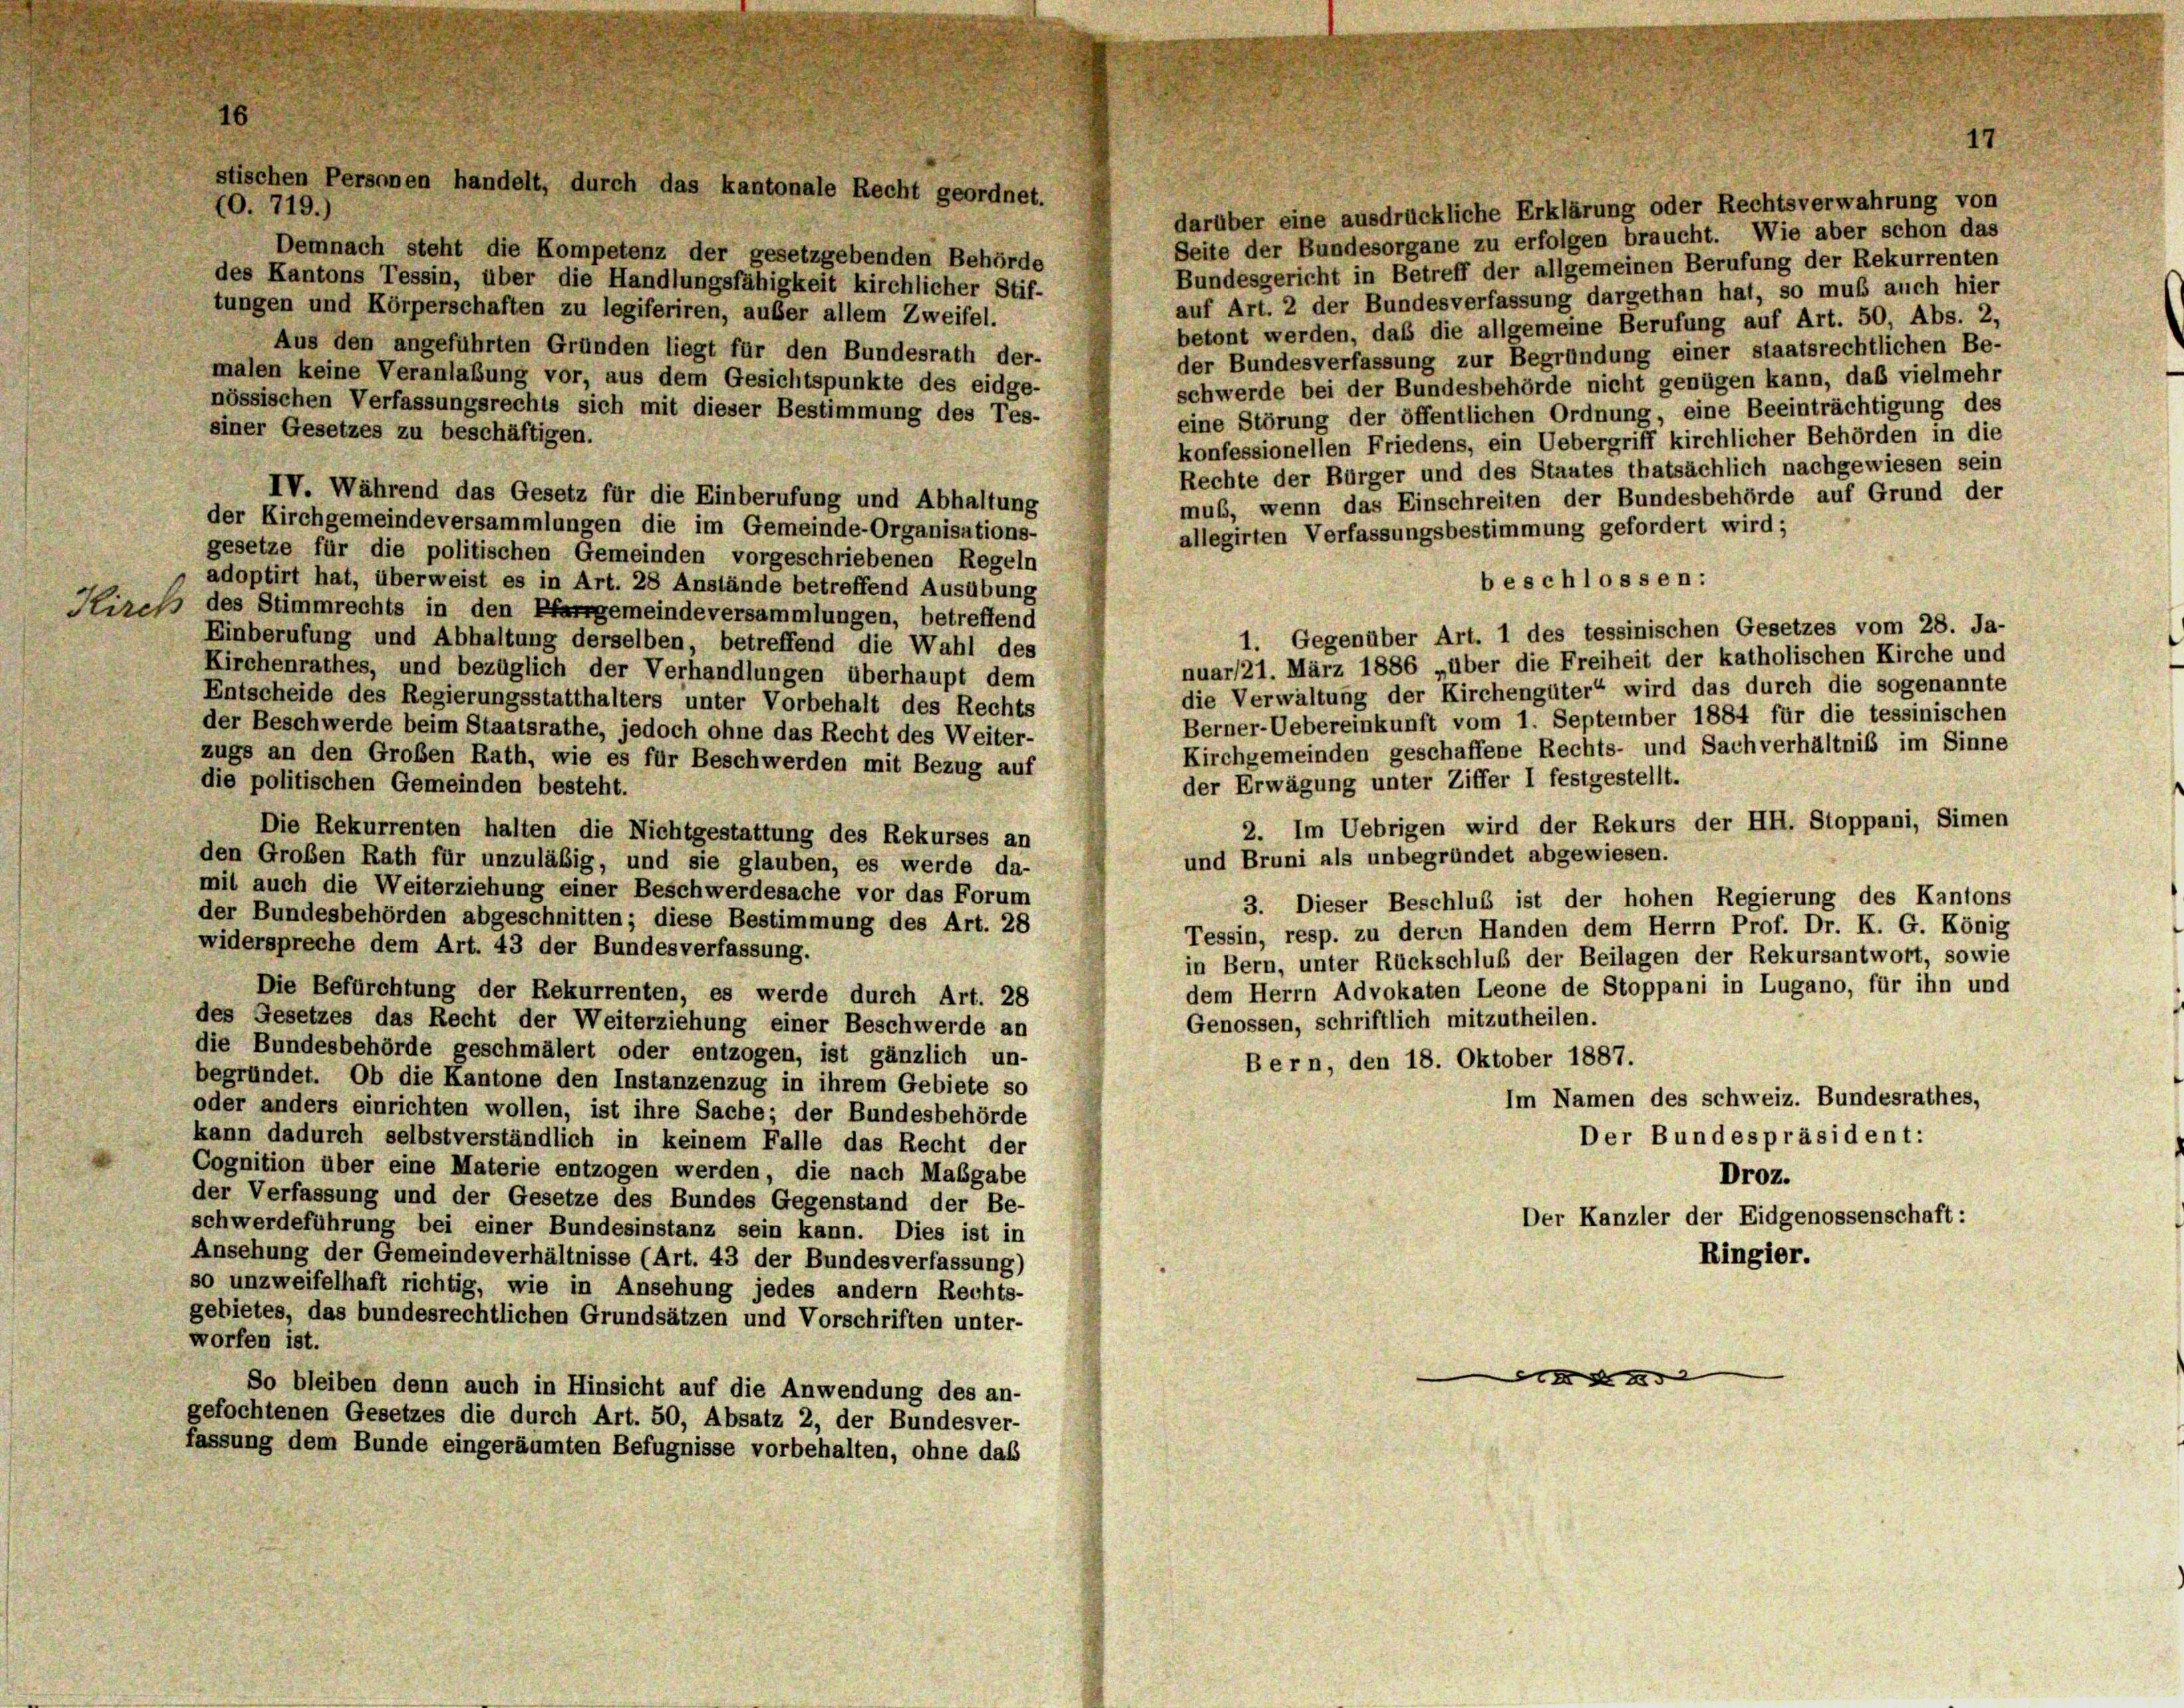
stischen Personen handelt, durch das kantonale Recht geordnet.

70. 719.)
darüber eine ausdrückliche Erklärung oder Rechtsverwahrung von
Seite der Bundesorgane zu erfolgen braucht. Wie aber schon das
Demnach steht die Kompetenz der gesetzgebenden Behörde
Bundesgericht in Betreff der allgemeinen Berufung der Rekurrenten
des Kantons Tessin, über die Handlungsfähigkeit kirchlicher Stif-
auf Art. 2 der Bundesverfassung dargethan hat, so muß auch hier
tungen und Körperschaften zu legiferiren, außer allem Zweifel.
betont werden, daß die allgemeine Berufung auf Art. 50, Abs. 2,
Aus den angeführten Gründen liegt für den Bundesrath der-
der Bundesverfassung zur Begründung einer staatsrechtlichen Be-
malen keine Veranlaßung vor, aus dem Gesichtspunkte des eidge-
schwerde bei der Bundesbehörde nicht genügen kann, daß vielmehr
nössischen Verfassungsrechts sich mit dieser Bestimmung des Tes-
eine Störung der öffentlichen Ordnung, eine Beeinträchtigung des
siner Gesetzes zu beschäftigen.
konfessionellen Friedens, ein Uebergriff kirchlicher Behörden in die
Rechte der Bürger und des Staates thatsächlich nachgewiesen sein
IV. Während das Gesetz für die Einberufung und Abhaltung
muß, wenn das Einschreiten der Bundesbehörde auf Grund der
der Kirchgemeindeversammlungen die im Gemeinde-Organisations-
allegirten Verfassungsbestimmung gefordert wird;
gesetze für die politischen Gemeinden vorgeschriebenen Regeln
beschlossen:
adoptirt hat, überweist es in Art. 28 Anstände betreffend Ausübung
Hirch des Stimmrechts in den Pfarrgemeindeversammlungen, betreffend
1. Gegenüber Art. 1 des tessinischen Gesetzes vom 28. Ja-
Einberufung und Abhaltung derselben, betreffend die Wahl des
nuar/21. März 1886 „über die Freiheit der katholischen Kirche und
Kirchenrathes, und bezüglich der Verhandlungen überhaupt dem
die Verwaltung der Kirchengüter“ wird das durch die sogenannte
Entscheide des Regierungsstatthalters unter Vorbehalt des Rechts
Berner-Uebereinkunft vom 1. September 1884 für die tessinischen
der Beschwerde beim Staatsrathe, jedoch ohne das Recht des Weiter-
Kirchgemeinden geschaffene Rechts- und Sachverhältniß im Sinne
zugs an den Großen Rath, wie es für Beschwerden mit Bezug auf
der Erwägung unter Ziffer I festgestellt.
die politischen Gemeinden besteht.
2. Im Uebrigen wird der Rekurs der HH. Stoppani, Simen
Die Rekurrenten halten die Nichtgestattung des Rekurses an
und Bruni als unbegründet abgewiesen.
den Großen Rath für unzuläßig, und sie glauben, es werde da-
mit auch die Weiterziehung einer Beschwerdesache vor das Forum
3. Dieser Beschluß ist der hohen Regierung des Kantons
der Bundesbehörden abgeschnitten; diese Bestimmung des Art. 28
Tessin, resp. zu deren Handen dem Herrn Prof. Dr. K. G. König
widerspreche dem Art. 43 der Bundesverfassung.
in Bern, unter Rückschluß der Beilagen der Rekursantwort, sowie
dem Herrn Advokaten Leone de Stoppani in Lugano, für ihn und
Die Befürchtung der Rekurrenten, es werde durch Art. 28
des Gesetzes das Recht der Weiterziehung einer Beschwerde an
Genossen, schriftlich mitzutheilen.
die Bundesbehörde geschmälert oder entzogen, ist gänzlich un-
Bern, den 18. Oktober 1887.
begründet. Ob die Kantone den Instanzenzug in ihrem Gebiete so
Im Namen des Schweiz. Bundesrathes,
oder anders einrichten wollen, ist ihre Sache; der Bundesbehörde
Der Bundespräsident:
kann dadurch selbstverständlich in keinem Falle das Recht der
Cognition über eine Materie entzogen werden, die nach Maßgabe
Droz.
der Verfassung und der Gesetze des Bundes Gegenstand der Be-
Der Kanzler der Eidgenossenschaft:
schwerdeführung bei einer Bundesinstanz sein kann. Dies ist in
Ringier.
Ansehung der Gemeindeverhältnisse (Art. 43 der Bundesverfassung)
so unzweifelhaft richtig, wie in Ansehung jedes andern Rechts-
gebietes, das bundesrechtlichen Grundsätzen und Vorschriften unter-
worfen ist.

So bleiben denn auch in Hinsicht auf die Anwendung des an-
gefochtenen Gesetzes die durch Art. 50, Absatz 2, der Bundesver-
fassung dem Bunde eingeräumten Befugnisse vorbehalten, ohne das